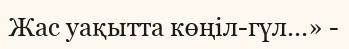
Жас уақытта көңіл-гүл...» -